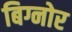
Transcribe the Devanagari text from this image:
बिग्नोर